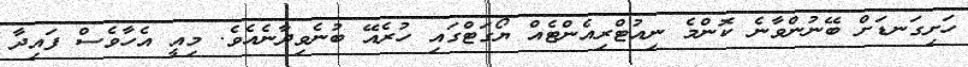
ހަށިގަނޑަށް ބޭނުންވާނެ ކޮންމެ ނިއުޓްރިއެންޓެއް ޔޯގަޓްގައި ހުރެއޭ ބުނެވިދާނެއެވެ. މިއީ އެހާވެސް ފައިދާ